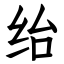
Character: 绐